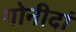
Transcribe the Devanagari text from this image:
गोनीदां